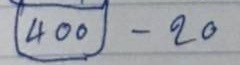
(400) - 20